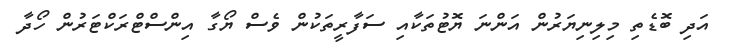
އަދި ބޮޑެތި މިލިނިޔަރުން އަންނަ ޔޮޓުތަކާއި ސަފާރީތަކުން ވެސް ޔޯގާ އިންސްޓްރަކްޓަރުން ހޯދާ